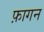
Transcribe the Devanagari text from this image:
फ़ागन